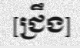
[ជ្រឹង]